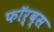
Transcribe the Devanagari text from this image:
फॉर्ब्स